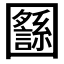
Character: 𡈸